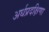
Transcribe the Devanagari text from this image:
अर्धप्रदक्षिणा